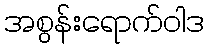
အစွန်းရောက်ဝါဒ